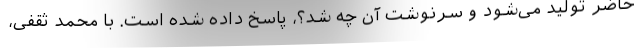
حاضر تولید می‌شود و سرنوشت آن چه شد؟، پاسخ داده شده است. با محمد ثقفی،